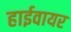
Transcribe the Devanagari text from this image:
हाईवायर